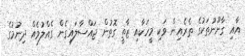
އާއި ގާނޫނުތަކުގެ ތެރެއިން ވަކި މީހަކާއި ޒާތީ ގޮތުން ޖައްސާލައިގެން ގެއްލުމެއް ދިނުމުގެ